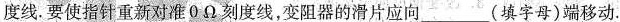
度线.要使指针重新对准0Ω刻度线，变阻器的滑片应向___(填字母)端移动.